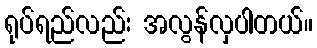
ရုပ်ရည်လည်း အလွန်လှပါတယ်။